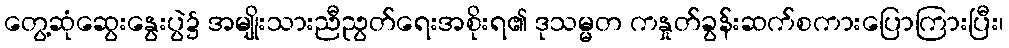
တွေ့ဆုံဆွေးနွေးပွဲ၌ အမျိုးသားညီညွတ်ရေးအစိုးရ၏ ဒုသမ္မတ ကနှုတ်ခွန်းဆက်စကားပြောကြားပြီး၊